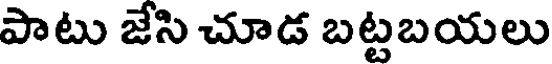
పాటు జేసి చూడ బట్టబయలు